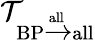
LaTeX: \mathcal{T}_{\textrm{BP}\xrightarrow{\textrm{all}}\textrm{all}}